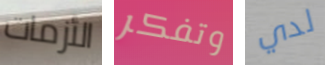
الأزمات وتفكر لدي